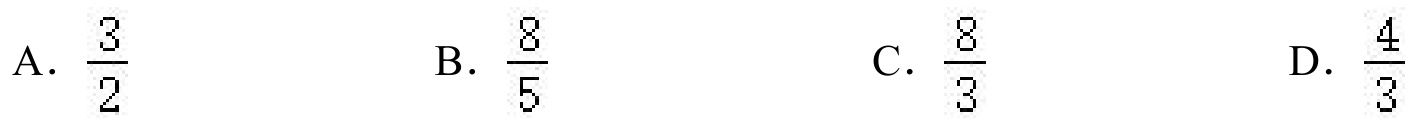
A. \(\frac{3}{2}\)  B. \(\frac{8}{5}\)  C. \(\frac{8}{3}\)  D. \(\frac{4}{3}\)